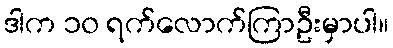
ဒါက ၁၀ ရက်လောက်ကြာဦးမှာပါ။